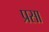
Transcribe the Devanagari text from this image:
प्रसा